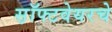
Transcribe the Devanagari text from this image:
स़ॉफ्टवेयरचे